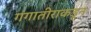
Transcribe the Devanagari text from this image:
गंगातीराकडून